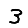
Digit: 3